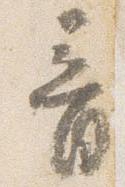
音